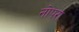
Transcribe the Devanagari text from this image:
नोपरा